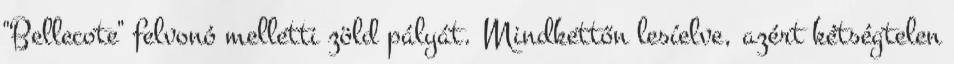
"Bellecote" felvonó melletti zöld pályát. Mindkettőn lesíelve, azért kétségtelen